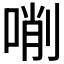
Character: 𠸑